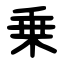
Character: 乗